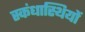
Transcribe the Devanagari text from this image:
स्कंधास्थियों